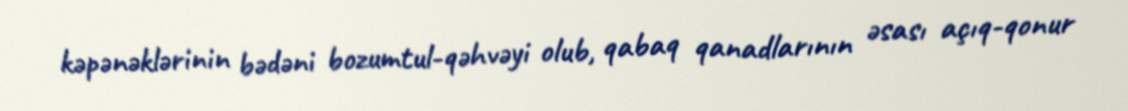
kəpənəklərinin bədəni bozumtul-qəhvəyi olub, qabaq qanadlarının əsası açıq-qonur